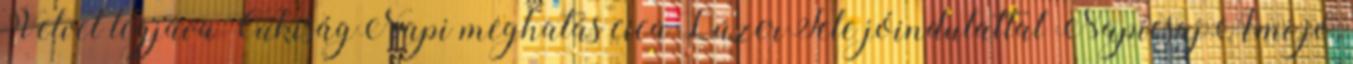
Velvet legjava CukiságNapi meghatás cica LúzerTele jóindulattal NapicsajAmi jó,